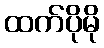
ထက်ပိုမို